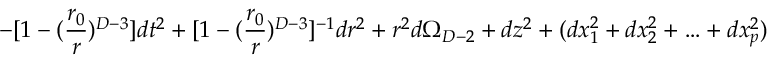
- [ 1 - ( { \frac { r _ { 0 } } { r } } ) ^ { D - 3 } ] d t ^ { 2 } + [ 1 - ( { \frac { r _ { 0 } } { r } } ) ^ { D - 3 } ] ^ { - 1 } d r ^ { 2 } + r ^ { 2 } d \Omega _ { D - 2 } + d z ^ { 2 } + ( d x _ { 1 } ^ { 2 } + d x _ { 2 } ^ { 2 } + \ldots + d x _ { p } ^ { 2 } )